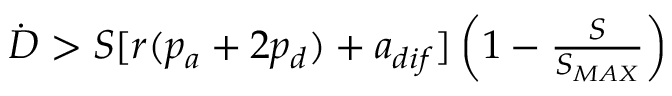
\begin{array} { r } { \dot { D } > S [ r ( p _ { a } + 2 p _ { d } ) + a _ { d i f } ] \left( 1 - \frac { S } { S _ { M A X } } \right) } \end{array}